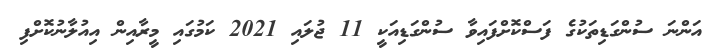
އަންނަ ސުންގަޑިތަކުގެ ފަސްކޮށްފައިވާ ސުންގަޑިއަކީ 11 ޖުލައި 2021 ކަމުގައި މީރާއިން އިއުލާނުކޮށްފި